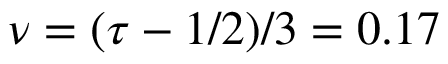
\nu = ( \tau - 1 / 2 ) / 3 = 0 . 1 7